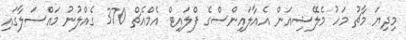
މިދިޔަ މާޗު މަހު މެލޭޝިއަން އެއާލައިންސްގެ ފްލައިޓް އެމްއެޗް 370 ގެއްލުނު މައްސަލާގައި